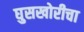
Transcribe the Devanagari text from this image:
घुसखोरीचा